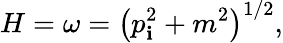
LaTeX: H=\omega=\left({p}_{\mathbf{i}}^{2}+m^{2}\right)^{1/2},